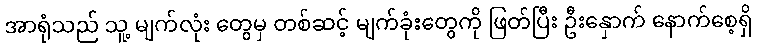
အာရုံသည် သူ့ မျက်လုံး တွေမှ တစ်ဆင့် မျက်ခုံးတွေကို ဖြတ်ပြီး ဦးနှောက် နောက်စေ့ရှိ